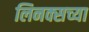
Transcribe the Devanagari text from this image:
लिनक्सच्या